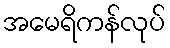
အမေရိကန်လုပ်